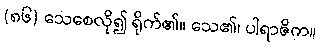
(၈၆) သေစေလို၍ ရိုက်၏။ သေ၏၊ ပါရာဇိက။